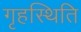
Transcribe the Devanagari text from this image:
गृहस्थिति